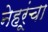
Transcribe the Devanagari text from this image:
नेहरूंचा